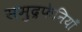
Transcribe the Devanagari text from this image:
समुद्रफेनियाँ